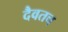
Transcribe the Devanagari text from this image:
दैवतच